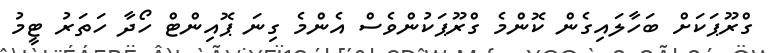
ގްރޫޕަކަށް ބަހާލައިގެން ކޮންމެ ގްރޫޕަކުންވެސް އެންމެ ގިނަ ޕޮއިންޓް ހޯދާ ހަތަރު ޓީމު